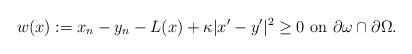
LaTeX: \begin{align*}w (x) := x_n - y_n - L (x) + \kappa |x'-y'|^2 \geq 0 \mbox{ on } \partial \omega \cap \partial \Omega.\end{align*}